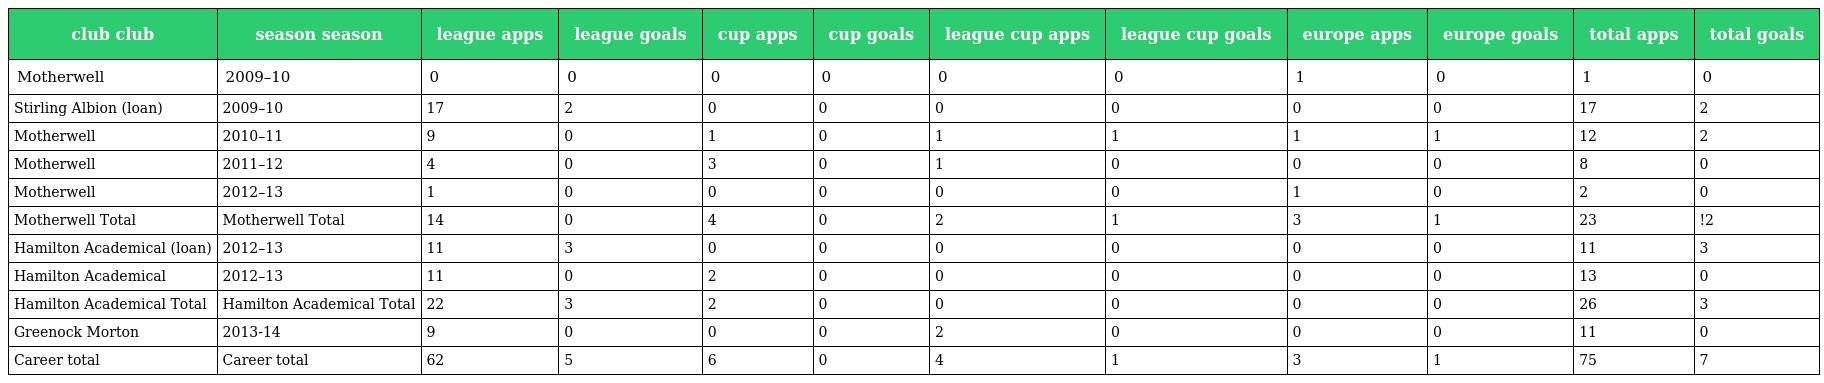
| club club | season season | league apps | league goals | cup apps | cup goals | league cup apps | league cup goals | europe apps | europe goals | total apps | total goals |
 | --- | --- | --- | --- | --- | --- | --- | --- | --- | --- | --- | --- |
 | Motherwell | 2009–10 | 0 | 0 | 0 | 0 | 0 | 0 | 1 | 0 | 1 | 0 |
 | Stirling Albion (loan) | 2009–10 | 17 | 2 | 0 | 0 | 0 | 0 | 0 | 0 | 17 | 2 |
 | Motherwell | 2010–11 | 9 | 0 | 1 | 0 | 1 | 1 | 1 | 1 | 12 | 2 |
 | Motherwell | 2011–12 | 4 | 0 | 3 | 0 | 1 | 0 | 0 | 0 | 8 | 0 |
 | Motherwell | 2012–13 | 1 | 0 | 0 | 0 | 0 | 0 | 1 | 0 | 2 | 0 |
 | Motherwell Total | Motherwell Total | 14 | 0 | 4 | 0 | 2 | 1 | 3 | 1 | 23 | !2 |
 | Hamilton Academical (loan) | 2012–13 | 11 | 3 | 0 | 0 | 0 | 0 | 0 | 0 | 11 | 3 |
 | Hamilton Academical | 2012–13 | 11 | 0 | 2 | 0 | 0 | 0 | 0 | 0 | 13 | 0 |
 | Hamilton Academical Total | Hamilton Academical Total | 22 | 3 | 2 | 0 | 0 | 0 | 0 | 0 | 26 | 3 |
 | Greenock Morton | 2013-14 | 9 | 0 | 0 | 0 | 2 | 0 | 0 | 0 | 11 | 0 |
 | Career total | Career total | 62 | 5 | 6 | 0 | 4 | 1 | 3 | 1 | 75 | 7 |